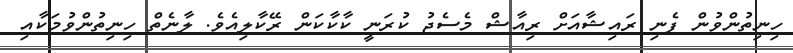
ހިނިތުންވުން ފެނި ރައިޝާއަށް ރިއާޝް މެސެޖު ކުރަނީ ކާކާކަން ރޭކާލިއެވެ. ލާނެތް ހިނިތުންވުމަކާއި